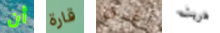
أن قارة أعرف هربت